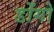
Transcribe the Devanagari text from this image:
डोंगो